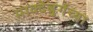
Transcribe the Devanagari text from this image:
माक्देबुर्गच्या